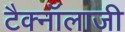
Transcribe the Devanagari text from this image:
टैक्नॉलाजी